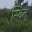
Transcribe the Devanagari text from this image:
स्थित्